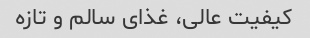
کیفیت عالی، غذای سالم و تازه